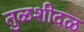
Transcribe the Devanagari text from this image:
तुळशीदळ